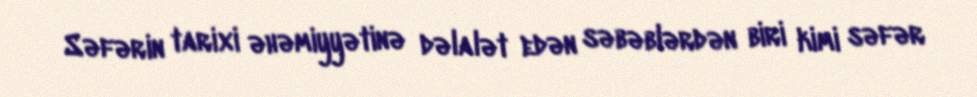
Səfərin tarixi əhəmiyyətinə dəlalət edən səbəblərdən biri kimi səfər